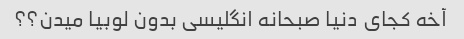
آخه کجای دنیا صبحانه انگلیسی بدون لوبیا میدن؟؟